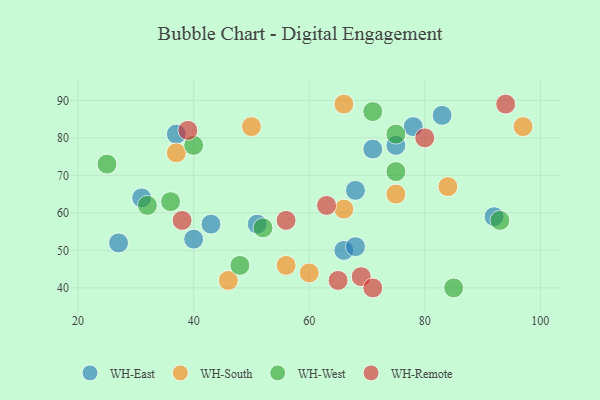
{"axis": {"x": "GDP", "y": "Life Expectancy"}, "legend": ["WH-East", "WH-Remote", "WH-South", "WH-West"], "data": [{"x": "27", "y": 52, "type": "WH-East"}, {"x": "31", "y": 64, "type": "WH-East"}, {"x": "75", "y": 78, "type": "WH-East"}, {"x": "66", "y": 50, "type": "WH-East"}, {"x": "83", "y": 86, "type": "WH-East"}, {"x": "68", "y": 51, "type": "WH-East"}, {"x": "78", "y": 83, "type": "WH-East"}, {"x": "92", "y": 59, "type": "WH-East"}, {"x": "37", "y": 81, "type": "WH-East"}, {"x": "40", "y": 53, "type": "WH-East"}, {"x": "51", "y": 57, "type": "WH-East"}, {"x": "68", "y": 66, "type": "WH-East"}, {"x": "43", "y": 57, "type": "WH-East"}, {"x": "71", "y": 77, "type": "WH-East"}, {"x": "75", "y": 65, "type": "WH-South"}, {"x": "84", "y": 67, "type": "WH-South"}, {"x": "50", "y": 83, "type": "WH-South"}, {"x": "66", "y": 89, "type": "WH-South"}, {"x": "60", "y": 44, "type": "WH-South"}, {"x": "66", "y": 61, "type": "WH-South"}, {"x": "56", "y": 46, "type": "WH-South"}, {"x": "97", "y": 83, "type": "WH-South"}, {"x": "37", "y": 76, "type": "WH-South"}, {"x": "46", "y": 42, "type": "WH-South"}, {"x": "85", "y": 40, "type": "WH-West"}, {"x": "36", "y": 63, "type": "WH-West"}, {"x": "48", "y": 46, "type": "WH-West"}, {"x": "32", "y": 62, "type": "WH-West"}, {"x": "93", "y": 58, "type": "WH-West"}, {"x": "75", "y": 71, "type": "WH-West"}, {"x": "75", "y": 81, "type": "WH-West"}, {"x": "71", "y": 87, "type": "WH-West"}, {"x": "52", "y": 56, "type": "WH-West"}, {"x": "40", "y": 78, "type": "WH-West"}, {"x": "25", "y": 73, "type": "WH-West"}, {"x": "69", "y": 43, "type": "WH-Remote"}, {"x": "65", "y": 42, "type": "WH-Remote"}, {"x": "39", "y": 82, "type": "WH-Remote"}, {"x": "63", "y": 62, "type": "WH-Remote"}, {"x": "38", "y": 58, "type": "WH-Remote"}, {"x": "71", "y": 40, "type": "WH-Remote"}, {"x": "56", "y": 58, "type": "WH-Remote"}, {"x": "94", "y": 89, "type": "WH-Remote"}, {"x": "80", "y": 80, "type": "WH-Remote"}]}